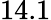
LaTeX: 14.1